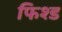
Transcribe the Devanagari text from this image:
फिश्ड